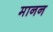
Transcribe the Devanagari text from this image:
मानन